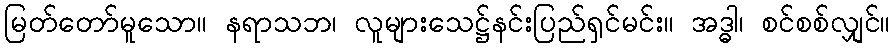
မြတ်တော်မူသော။ နရာသဘ၊ လူများသေဋ္ဌ်နင်းပြည်ရှင်မင်း။ အဒ္ဓါ၊ စင်စစ်လျှင်။